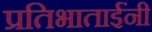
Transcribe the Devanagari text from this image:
प्रतिभाताईंनी